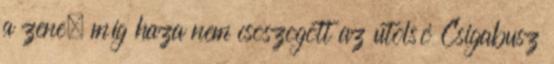
a zene, míg haza nem csoszogott az utolsó Csigabusz